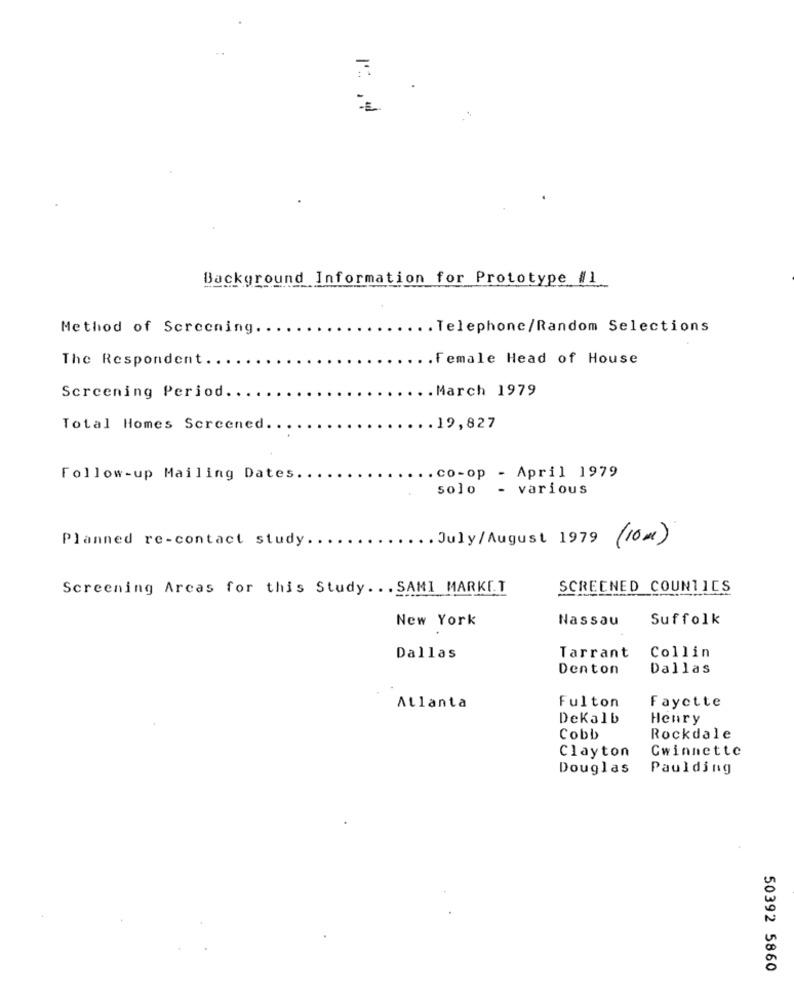
..
Background Information for Prototype #1
Method of Screening.
.. Telephone/Random Selections
The Respondent.
.. Female Head of House
.. March 1979
Screening Period.
Total Homes Screened.
.19,827
.co-op - April 1979
Follow-up Mailing Dates.
solo
- various
Planned re-contact study ..
. July/August 1979 (10ml)
Screening Arcas for this Study. . . SAMI MARKET
SCREENED COUNTICS
New York
Nassau
Suffolk
Dallas
Tarrant
Collin
Denton
Dallas
Fulton
Fayette
Atlanta
Dekalb
Henry
Cobb
Rockdale
Clayton
Gwinnette
Douglas
Paulding
50392 5860